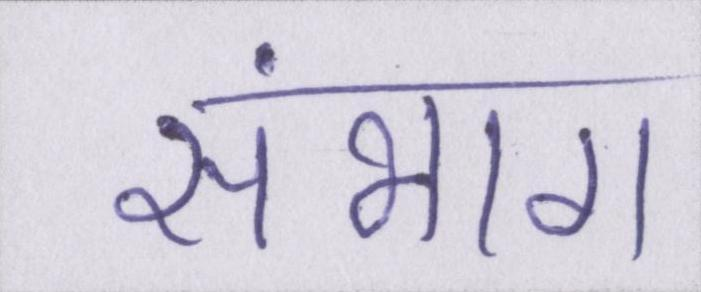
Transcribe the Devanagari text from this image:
संभाग